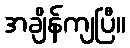
အချိန်ကျပြီ။